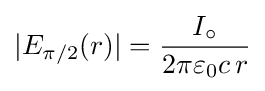
\vert E_{\pi /2}(r)\vert ={I_{\circ } \over 2\pi \varepsilon _{0}c\,r}